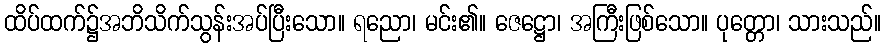
ထိပ်ထက်၌အဘိသိက်သွန်းအပ်ပြီးသော။ ရညော၊ မင်း၏။ ဇေဋ္ဌော၊ အကြီးဖြစ်သော။ ပုတ္တော၊ သားသည်။